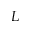
L